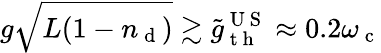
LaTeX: g\sqrt{L(1-n_{\mathrm{~d~}})}\gtrsim\tilde{g}_{\mathrm{~t~h~}}^{\mathrm{~U~S~}}\approx 0.2\omega_{\mathrm{~c~}}